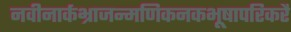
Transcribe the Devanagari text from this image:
नवीनार्कभ्राजन्मणिकनकभूषापरिकरै